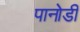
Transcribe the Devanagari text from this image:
पानोडी